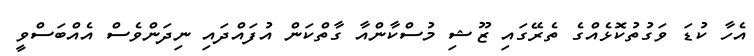
އެހާ ކުޑަ ވަގުތުކޮޅެއްގެ ތެރޭގައި ޒޫޝި މުސްކާންއާ ގާތްކަން އުފައްދައި ނިދަންވެސް އެއްބަސްވީ